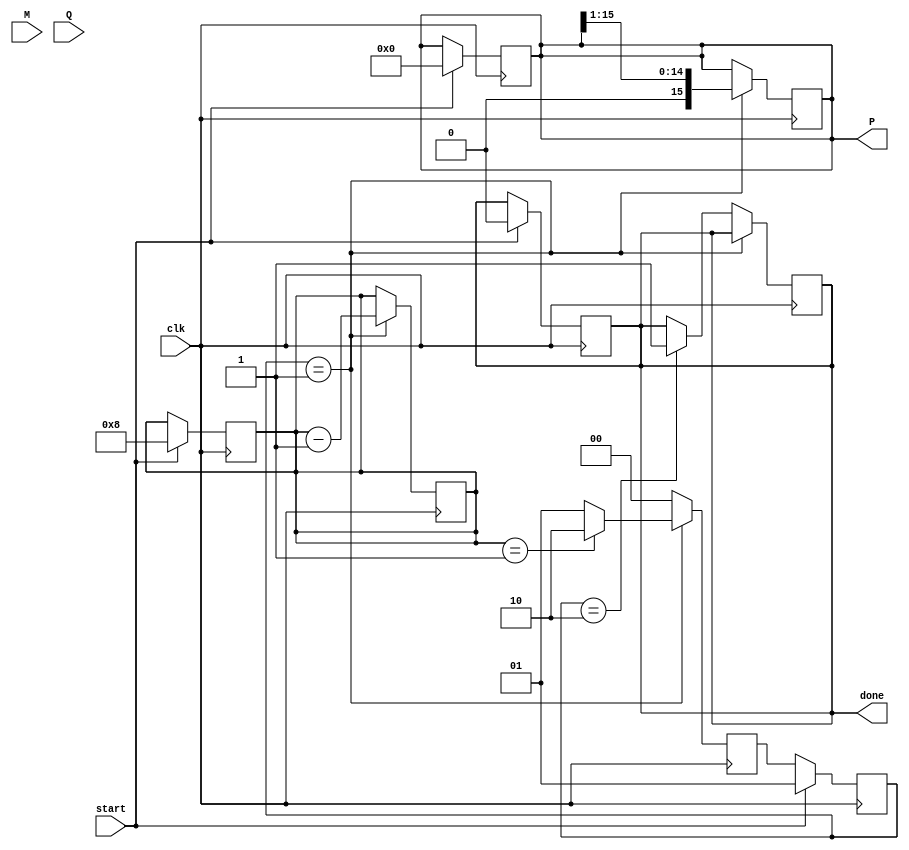
module booth_multiplier #(parameter WIDTH = 8) (
    input signed [WIDTH-1:0] M,        // Multiplicand
    input signed [WIDTH-1:0] Q,        // Multiplier
    input clk,                          // Clock signal
    input start,                        // Start signal for multiplication
    output reg signed [2*WIDTH-1:0] P,  // Product
    output reg done                     // Done signal
);

    reg signed [WIDTH-1:0] M_reg;
    reg signed [WIDTH-1:0] Q_reg;
    reg [WIDTH-1:0] Q_neg1;             // Previous LSB of Q
    reg [3:0] count;                    // Counter for iterations

    // State machine states
    localparam IDLE = 2'b00,
               RUN  = 2'b01,
               DONE = 2'b10;
    reg [1:0] state, next_state;

    // Initial conditions
    always @(posedge clk) begin
        if (start) begin
            M_reg <= M;
            Q_reg <= Q;
            P <= 0;
            Q_neg1 <= 0;
            count <= WIDTH; // Set count to the bit-width
            state <= RUN;    // Move to RUN state
            done <= 0;       // Reset done signal
        end else begin
            state <= next_state;
        end
    end

    // Main multiplication logic
    always @(posedge clk) begin
        if (state == RUN) begin
            case ({Q_reg[0], Q_neg1}) // Check (Q, Q(-1))
                2'b01: P <= P + M_reg; // Add M to P
                2'b10: P <= P - M_reg; // Subtract M from P
                2'b00: P <= P;         // Do nothing
                2'b11: P <= P;         // Do nothing
            endcase

            // Shift right
            {P, Q_reg} <= {P[2*WIDTH-1], P[2*WIDTH-2:0], Q_reg[WIDTH-1:1]}; // Arithmetic right shift
            Q_neg1 <= Q_reg[0]; // Update Q(-1)

            // Decrement the count
            count <= count - 1;

            // Check if done
            if (count == 1) begin
                next_state <= DONE;
            end else begin
                next_state <= RUN;
            end
        end else if (state == DONE) begin
            done <= 1; // Set done signal
            next_state <= IDLE; // Go back to IDLE state
        end else begin
            next_state <= IDLE; // Default to IDLE
        end
    end

endmodule